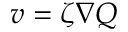
v = \zeta \nabla Q